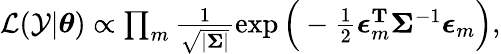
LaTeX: \begin{array}{r}{\mathcal{L}(\mathcal{Y}|\boldsymbol{\theta})\propto\prod_{m}\frac{1}{\sqrt{|\boldsymbol{\Sigma}|}}\exp\Big(-\frac{1}{2}\boldsymbol{\epsilon}_{m}^{\mathbf{T}}\boldsymbol{\Sigma}^{-1}\boldsymbol{\epsilon}_{m}\Big),}\end{array}